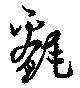
氎